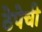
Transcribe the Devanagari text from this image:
ठेपेची